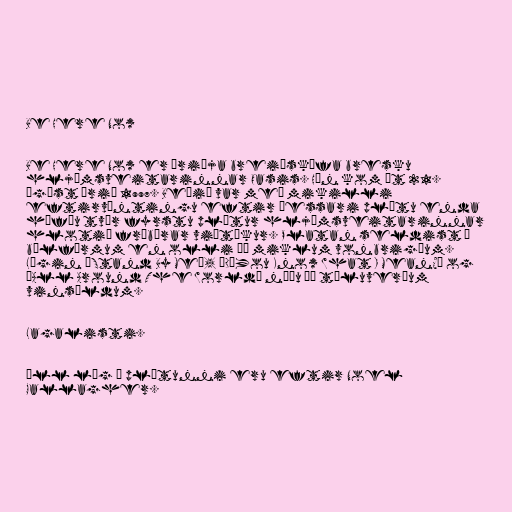
Be Here Now

Be Here Now er þriðja breiðskífa bresku
hljómsveitarinnar Oasis. Hún kom út 21.
ágúst árið 1997. Beðið var með mikilli
eftirvæntingu eftir þessari plötu enda
höfðu tvær fyrstu plötur hljómsveitarinnar
hlotið frábærar viðtökur. Platan seldist í
bílförmum en olli þó miklum vonbrigðum.
Lögin „Stand By Me“, „D'You Know What I Mean?“ og
„All Around The World“ náðu þó töluverðum
vinsældum.

Lagalisti.

Öll lög á plötunni eru eftir Noel
Gallagher.